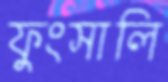
ফুংসালি